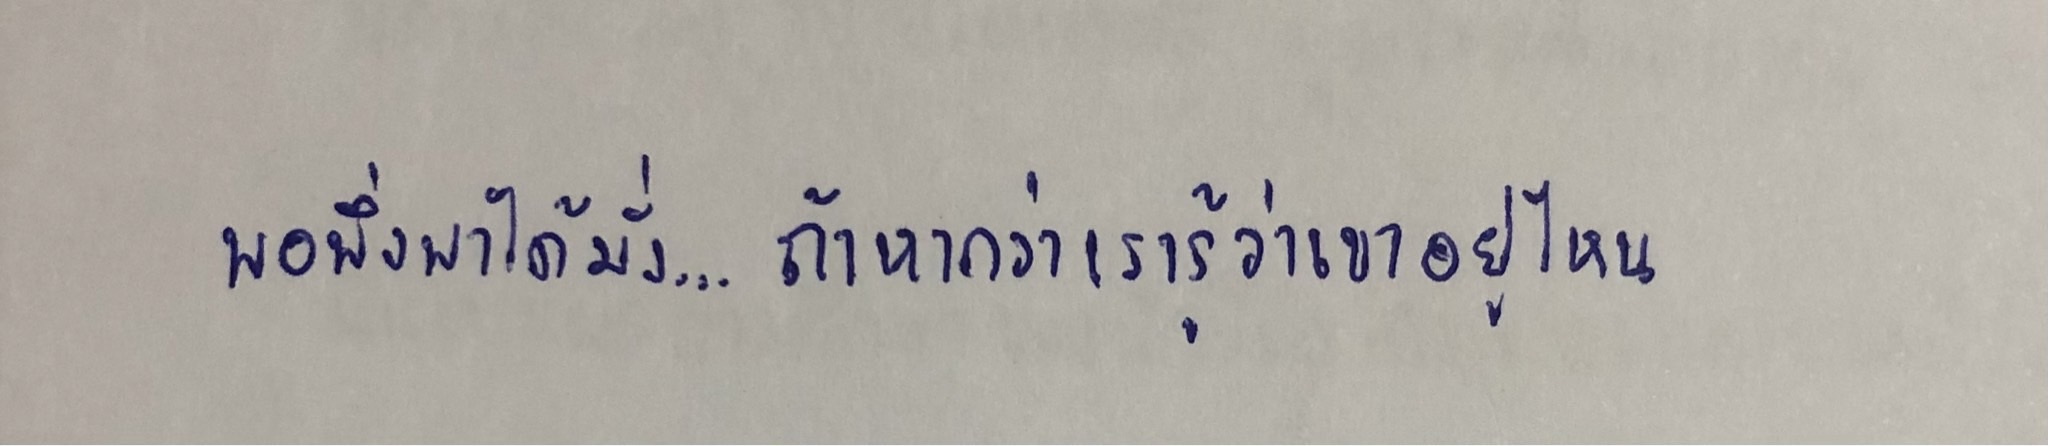
พอพึ่งพาได้มั่ง...ถ้าหากว่าเรารู้ว่าเขาอยู่ไหน"